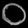
Digit: ၀